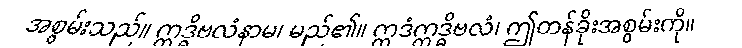
အစွမ်းသည်။ ဣဒ္ဓိဗလံနာမ၊ မည်၏။ ဣဒံဣဒ္ဓိဗလံ၊ ဤတန်ခိုးအစွမ်းကို။